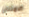
الامتنان